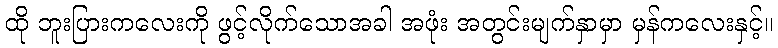
ထို ဘူးပြားကလေးကို ဖွင့်လိုက်သောအခါ အဖုံး အတွင်းမျက်နှာမှာ မှန်ကလေးနှင့်။